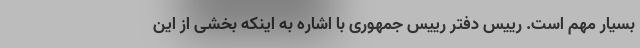
بسیار مهم است. رییس دفتر رییس جمهوری با اشاره به اینکه بخشی از این